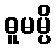
ဓူမမ္ပိ